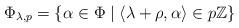
LaTeX: \begin{align*} \Phi_{\lambda,p} = \{ \alpha \in \Phi \mid \langle \lambda + \rho, \alpha \rangle \in p\mathbb{Z}\} \end{align*}